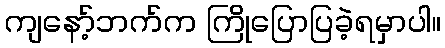
ကျနော့်ဘက်က ကြိုပြောပြခဲ့ရမှာပါ။